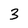
Character: 3